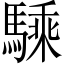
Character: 騬